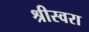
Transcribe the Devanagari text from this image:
श्रीस्वरा